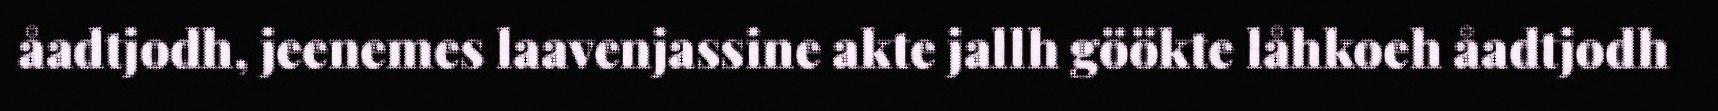
åadtjodh, jeenemes laavenjassine akte jallh göökte låhkoeh åadtjodh